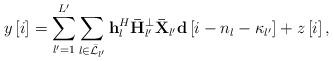
LaTeX: \begin{align*} y\left[ i \right] = \sum\limits_{l' = 1}^{L'} {\sum\limits_{l \in {{\bar {\cal L}}_{l'}}} {{\bf{h}}_l^H{\bf{\bar H}}_{l'}^ \bot {\bf{\bar X}}_{l'}{\bf{d}}\left[ {i - {n_l} - {\kappa _{l'}}} \right]} } + z\left[ i \right], \end{align*}